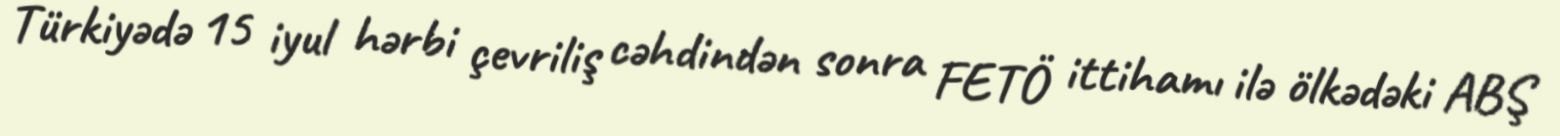
Türkiyədə 15 iyul hərbi çevriliş cəhdindən sonra FETÖ ittihamı ilə ölkədəki ABŞ